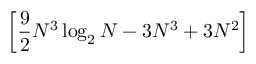
\left[ { \frac { 9 } { 2 } } N ^ { 3 } \log _ { 2 } N - 3 N ^ { 3 } + 3 N ^ { 2 } \right]